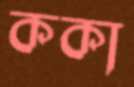
ককা